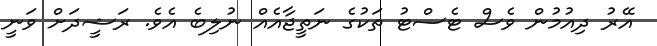
އޭރު ދިއުމުން ވެސް ޓެސްޓު ތަކުގެ ނަތީޖާއެއް ނުލިބެ އެވެ. ރަޝީދަށް ވަނީ